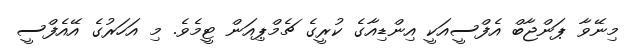
މިނޭވާ ޕަންޖާބް އެފްސީއަކީ އިންޑިއާގެ ކުރީގެ ޗެމްޕިއަން ޓީމެވެ. މި އަހަރުގެ އޭއެފްސީ